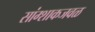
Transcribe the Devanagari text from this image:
सांग्शाकजवळ